Bréfritari: Þuríður Hallgrímsdóttir
Viðtakandi: Sólveig Jónsdóttir
Dagsetning: A-1851-05-21
Skrifað á: Kirkjubæ  N-Múl.
Sólveig var dóttir Þuríðar

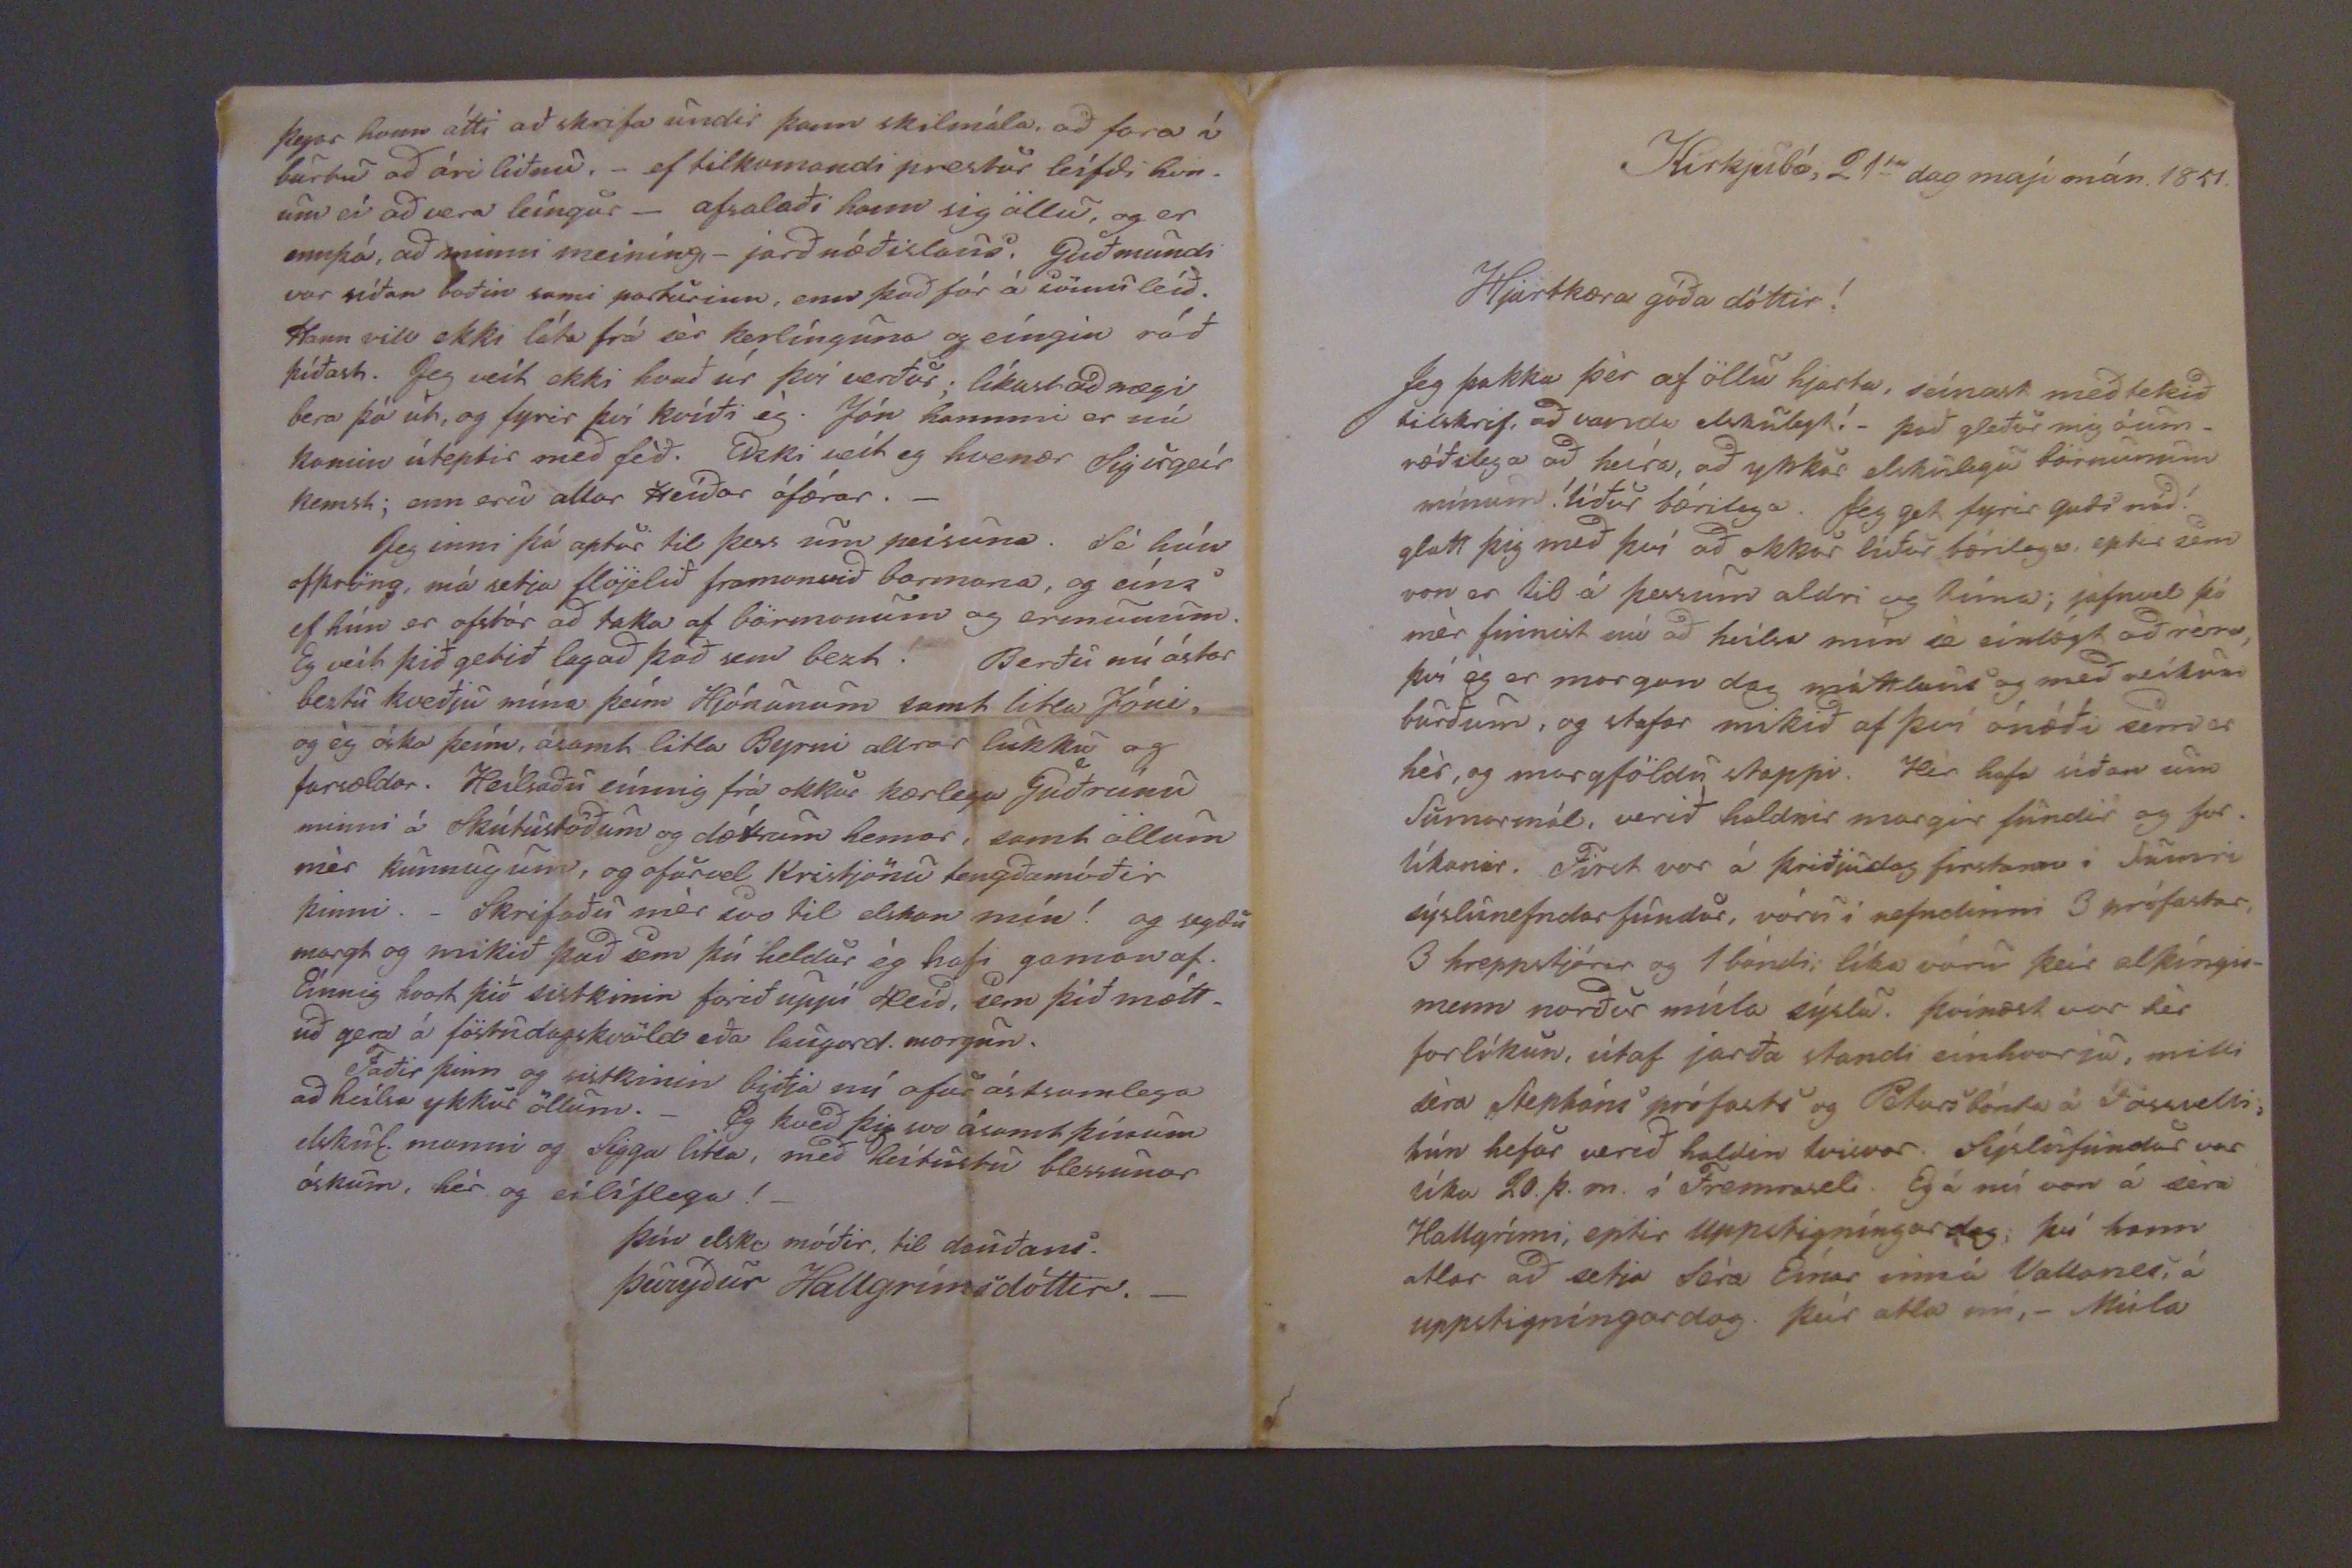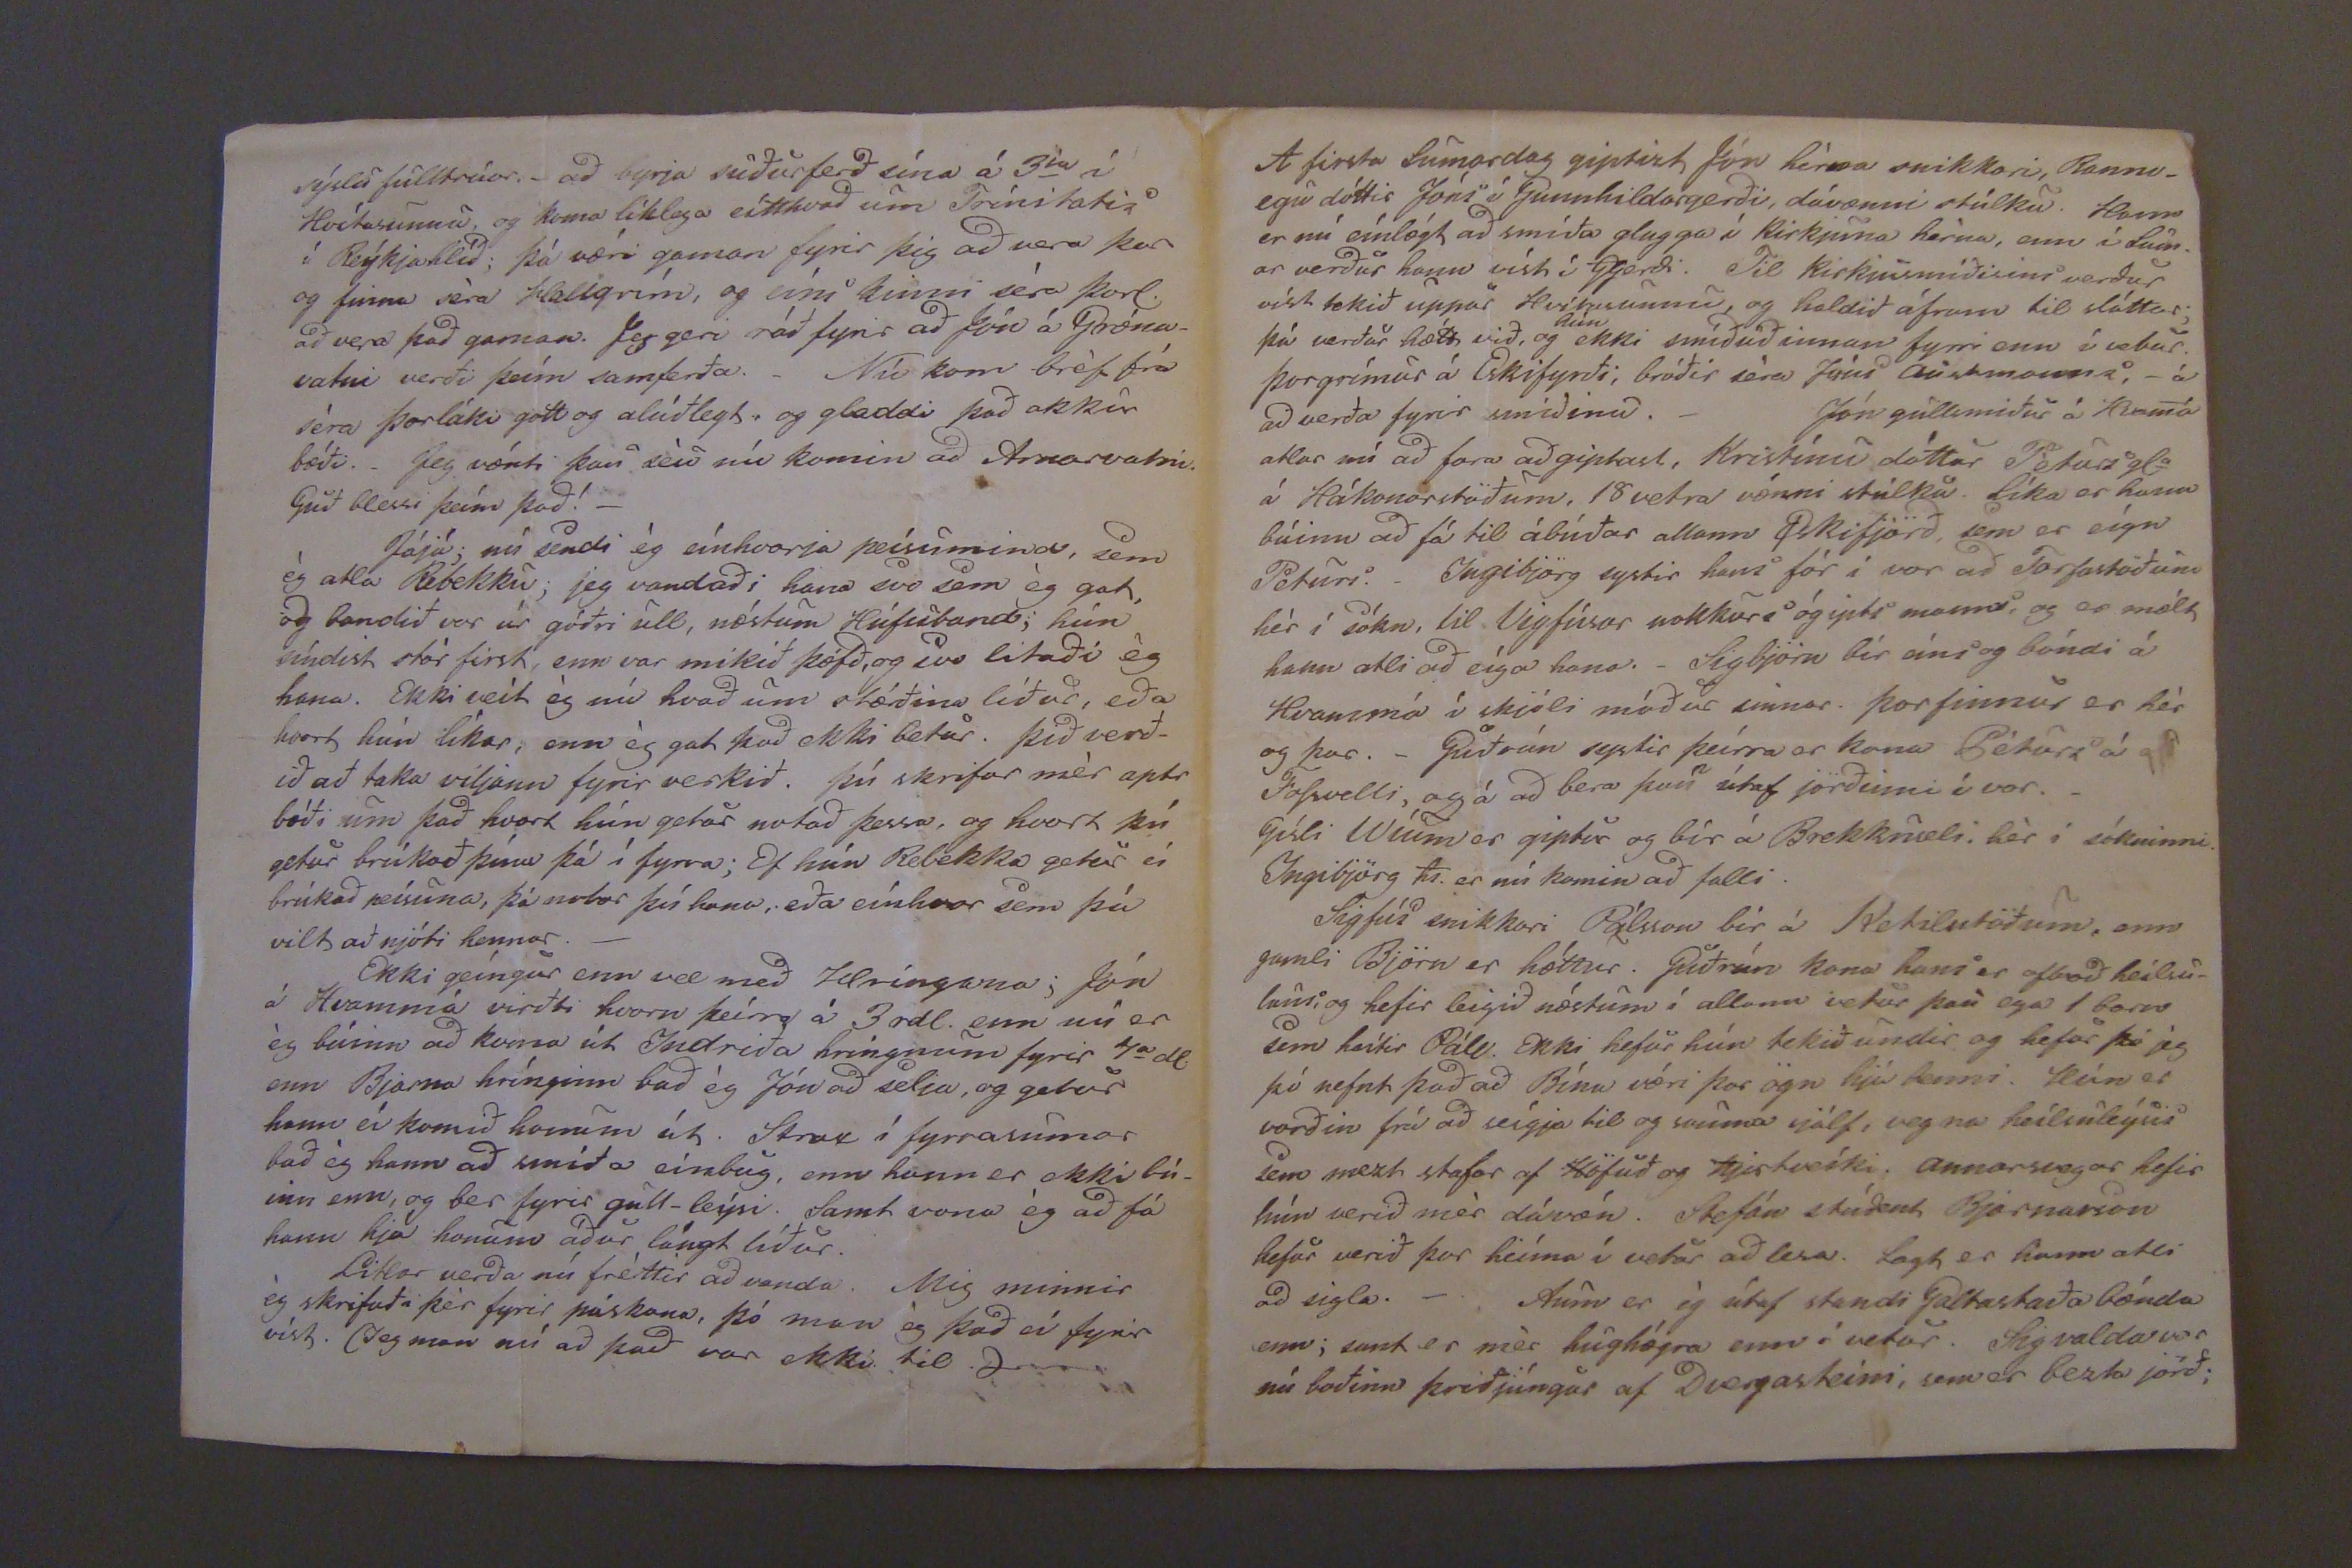

Kirkjubæ, 21
ta
dag mají mán. 1851.
Hjartkæra góða dóttir!
Jeg þakka þér af öllu hjarta, seinast meðtekið tilskrif, að vanda elskulegt!_ það gleður mig óum_ ræðilega að heíra, að ykkar elskulegu börnunum mínum ! líður bærilega. Jeg get fyrir guði nád! glatt þig með því að okkur líður bærilega, eptir sem von er til á þessum aldri og tíma; jafnvel þá mér finnist nú að heilsa mín sé einlægt að réra, því ég er morgun dag máttlaus og með veikum burðum, og stafar mikið af því ónæði eimdar hér, og margföldu stappi. Hér hafa síðan um Sumarmál, verið haldnir margir fundir og for. líkanir. First var á þriðjudags firstann í Sumri sýslunefndarfundur, vóru í nefndinni 3 prófastar, 3 hreppstjórar og 1 bóndi; líka vóru þeir alþíngis- menn norður múla syslu. þvínæst var hér forlíkun, útaf jarða standi einhverju, milli séra Stepháns prófasts og Peturs bónda á Fossvelli, hún hefur verið haldin tvisvar. Sýslufundur var líka 20. þ. m. í Fremraseli Eg á nú von á séra Hallgrími, eptir uppstigníngardag; því hann atlar ad setja séra Einar inná Vallanes, á uppstigníngardag. þeír atla nú,_ Múla
sýslufulltrúar._ að byrja suðurferð sína á 3
ja
í Hvítasunnu og koma líklega eitthvað um
Trínitotir
í Reýkjahlíð; þá væri gaman fyrir þig að vera þar og finna séra Hallgrím, og eini kunni séra Þorl. að vera það gaman. Jeg geri ráð fyrir að Jón á Græna_ vatni verði þeím samferða. _ Nú kom bréf frá séra Þorláki gott og alúðlegt og gladdi það okkur bæði._ Jeg vænti þau séu nú komin að Arnarvatni. Guð blessi þeím það!_ Jájá; nú sendi ég einhverja peisumind, sem ég atla Rebekku; jeg vandaði hana svo sem ég gat, og bandið var úr góðri ull, næstum Húfubandi; hún síndist stór first enn var mikið þæfð, og svo leitaði ég hana. Ekki veit ég nú hvað um stærðina líður, eða hvort hún líkar, enn ég gat það ekki betur. Þið verð_ ið að taka viljann fyrir verkið. þú skrifar mér aptr bæði um það hvort hún getur notað þess, og hvort þú getur brúkað þína þá í fyrra; Ef hún Rebekka getur ei brúkað peisuna, þá notar þú hana; eða einhver sem þú vilt að njóti hennar._ Ekki geíngur enn vel með Hringana; Jón á Hvammá virðti hvorn þeirra á 3 rdl. enn nú er ég búinn að koma út Indriða hringmann fyrir 4
a
dl enn Bjarna hrínginn bað ég Jón að selja, og getur hann ei komið honum á h. Strax í fyrrasumar bað ég hann að smíða einbug, enn hann er ekki bú_ inn enn, og ber fyrir gull-leýsi. Samt vona ég að fá hann hjá honum áður lángt líður. Litlar verða nú fréttir að vanda. Mig minnir ég skrifaði þér fyrir páskana, þó man ég það ei fyrir víst. Jeg man nú að það var ekki til.
J000
A firsta Sumardag giptist Jón hérna snikkari Rannv_ egu dóttir Jóni í Gunnhildargerði, dávænni stúlku. Hann er nú einlægt ad smíða glugga í Kirkjuna hérna, enn í Sum_ ar verður hann víst í Gerdi: Til kirkjusmíðisins verdur víst tekið uppar Hvítasunnu, og haldið áfram til sláttar; þá verður hætt við, og
hún
ekki smíðuð innan fyrri enn í vetur. Þorgrímur á Eskifyrði, bróðir séra Jóns Austmann i, _ á að verða fyrir smíðina._ Jón gullsmiður á Hvamá atlar nú að fara að giptast, Kristínu dóttur Péturs gl
a
á Hákonarstöðum, 18 vetra vænni stúlku. líka er hann búinn að fá til ábúðar allann Eskifjörð, sem er eígn Peturs._ Ingibjörg systir hans fór í vor að Torfastöðum hér í sókn, til Vigfúsar nokkur
s og yrti manns, og er
mælt hann atli að eíga hana._ Sigbjörn bír síni og bóndi á
Hvammá
í skjóli móður sinnar. Þorfinnur er hér og þar._ guðrún systir þeírra er kona Péturs á
g0
Fossvelli, og á að bera han
n
útaf jörðinni í vor._ Gísli Wíum er giptur og bír á Brekkuseli hér í sókninni. Ingibjörg
Ts.
er nú komin að falli. Sigfús snikkari Pálsson bír á Ketilsstöðum, enn gamli Björn er hættur. Guðrún kona hans er
ofboð
heilsu_ laus, og hefir leigið næstum í allann vetur þau ega 1 barn sem heítir Páll. Ekki hefur hún tekið undir og hefur þá jeg þú nefnt það að Bínu væri þar ögn hjá henni. Hún er vorðin frá að seígja til og sauma sjálf, vegna heilsuleýsis sem mezti stafar af Höfuð og Hjartveíki. annarsvegar hefir hún verið mér dávæn. Stefán stúdent Bjarnarson hefur verið þar heíma í vetur að lesa. Sagt er hann atli ad sigla_ Aum er ég útaf standi Galtastaðabænda enn; samt er mér hughægra enn í vetur. Sigvalda var nú boðinn þriðjúngur af Dvergasteini, sem er bezta jörð;
þegar hann átti að skrifa undir þann skilmála að fara í burtu að ári liðnu. _ ef tilkomandi prestur leífdi hon. um ei að vera leíngur _ afsalaði hann sig öllu, og er ennþá, að minni meiníng,_ jarðnæðisland, Guðmundi var síðan boðin sami parturinn, enn það fór á sömu leið. Hann vill ekki láta frá sér kerlínguna og eíngin ráð þíðast. Jeg veit ekki hvað úr því verður; líkast ad nægi bera þá út, og fyrir því kvíði ég. Jón
hannmi
er nú komin úteptir með féð. Ekki veit ég hvenær sigurgeír kemst; enn eru allar leiðar ófærar._ Jeg inni þá aptur til þess um peisuna. Fé hún ofþröng, má setja fflöjelið framanvið barmana, og eíns ef hún er ofstór að taka af börmonum og ermunum. Eg veit þið getið lagað það sem bezt. Berðu nú ástar beztu kveðju mína þeím Hjónonum samt litla Jóni, og ég óska þeím, ásamt litla Byrni allrar lukku og farsældar. Heilsaðu eínnig frá okkur kærlega Guðrúnu minni á Skútustöðum og dætrum hennar, samt öllum mér kunnugum, og ofurvel Kristjönu tengðamóðir þinni._ Skrifaðu mér svo til elskan mín! og segdu margt og mikið það sem þú heldur ég hafi gaman af. Eínnig hvort þið sistkinin farið uppí Hlíð, sem þið mætt_ uð gera á föstudagskvöld eða laugard. morgun. Faðir þinn og sistkinin biðja nú ofur ástsamlega að heilsa ykkur öllum._ Eg kveð þig svo ásamt þínum elskul. manni og sigga litla, með heitustu blessunar óskum, hér og eilíflega!_
þín elskl. móðir, til dauðans
Þuryður Hallgrímsdóttir._